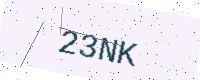
Text: 23NK